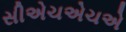
સીએચએચએ